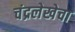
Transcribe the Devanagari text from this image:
चंद्रलेखेचा